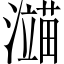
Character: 𬉙